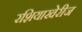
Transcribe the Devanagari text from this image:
रशियाखेरीज